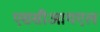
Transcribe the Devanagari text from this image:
एससीआयएल